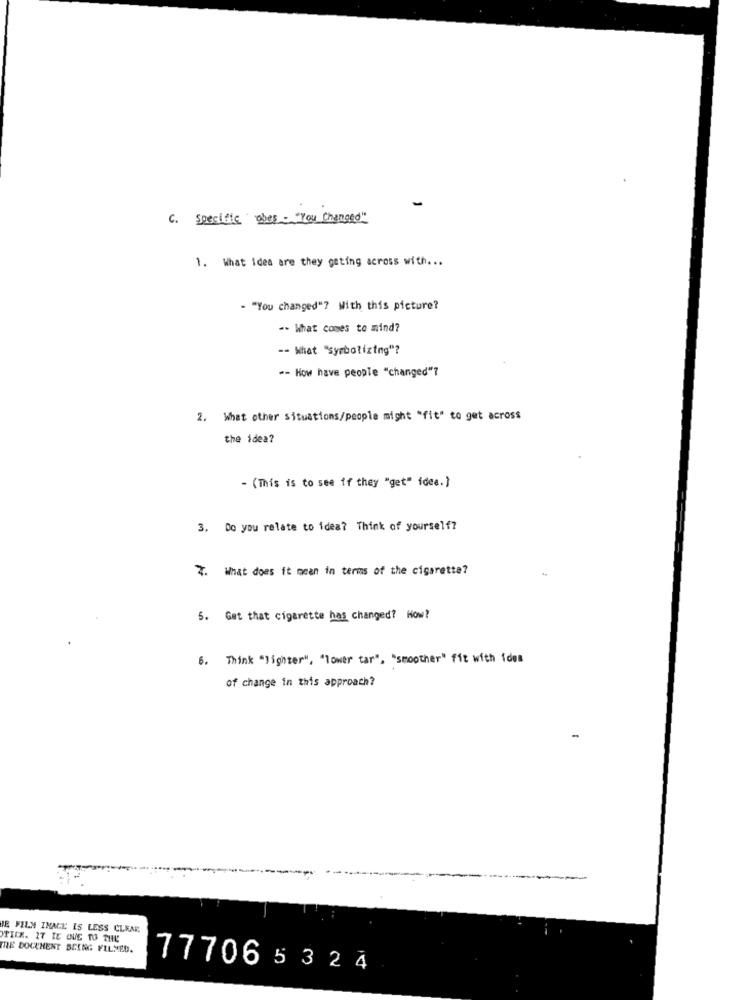
C. specific abes . "You Changed"
1. What idea are they geting across with ...
- "You changed"? With this picture?
-- What comes to mind?
-- What "symbolizing"?
-- How have people "changed"?
2. What other situations/people might "fit" to get across
the idea?
- (This is to see if they "get" idea.]
3. Do you relate to idea? Think of yourself?
2. What does it mean in terms of the cigarette?
5. Get that cigarette has changed? How?
6. Think "lighter", "lower tar", "smoother" fit with ides
of change in this approach?
HE FILM INALE IS LESS CLEAR
STILE. IT IE GUE TO THE
IRE DOCUMENT SCING FILMED.
777065324